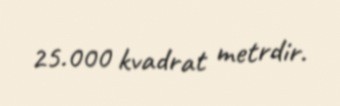
25.000 kvadrat metrdir.